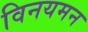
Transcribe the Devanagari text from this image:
विनयमन